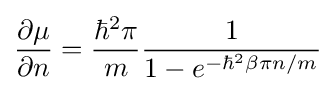
{\frac {\partial \mu }{\partial n}}={\frac {\hbar ^{2}\pi }{m}}{\frac {1}{1-e^{-\hbar ^{2}\beta \pi n/m}}}